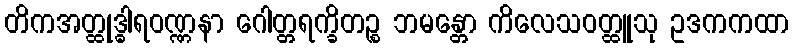
တိကအတ္ထုဒ္ဓါရဝဏ္ဏနာ ဂေါတ္တရက္ခိတဉ္စ ဘမန္တော ကိလေသဝတ္ထူသု ဥဒကကထာ